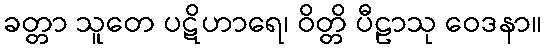
ခတ္တာ သူတေ ပဋိဟာရေ၊ ဝိတ္တိ ပီဠာသု ဝေဒနာ။